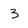
Character: 3